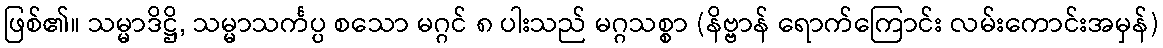
ဖြစ်၏။ သမ္မာဒိဋ္ဌိ, သမ္မာသင်္ကပ္ပ စသော မဂ္ဂင် ၈ ပါးသည် မဂ္ဂသစ္စာ (နိဗ္ဗာန် ရောက်ကြောင်း လမ်းကောင်းအမှန်)